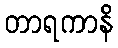
တာရကာနိ